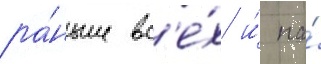
ра́ньше вс'е́х и́ на́